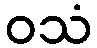
ဝသံ